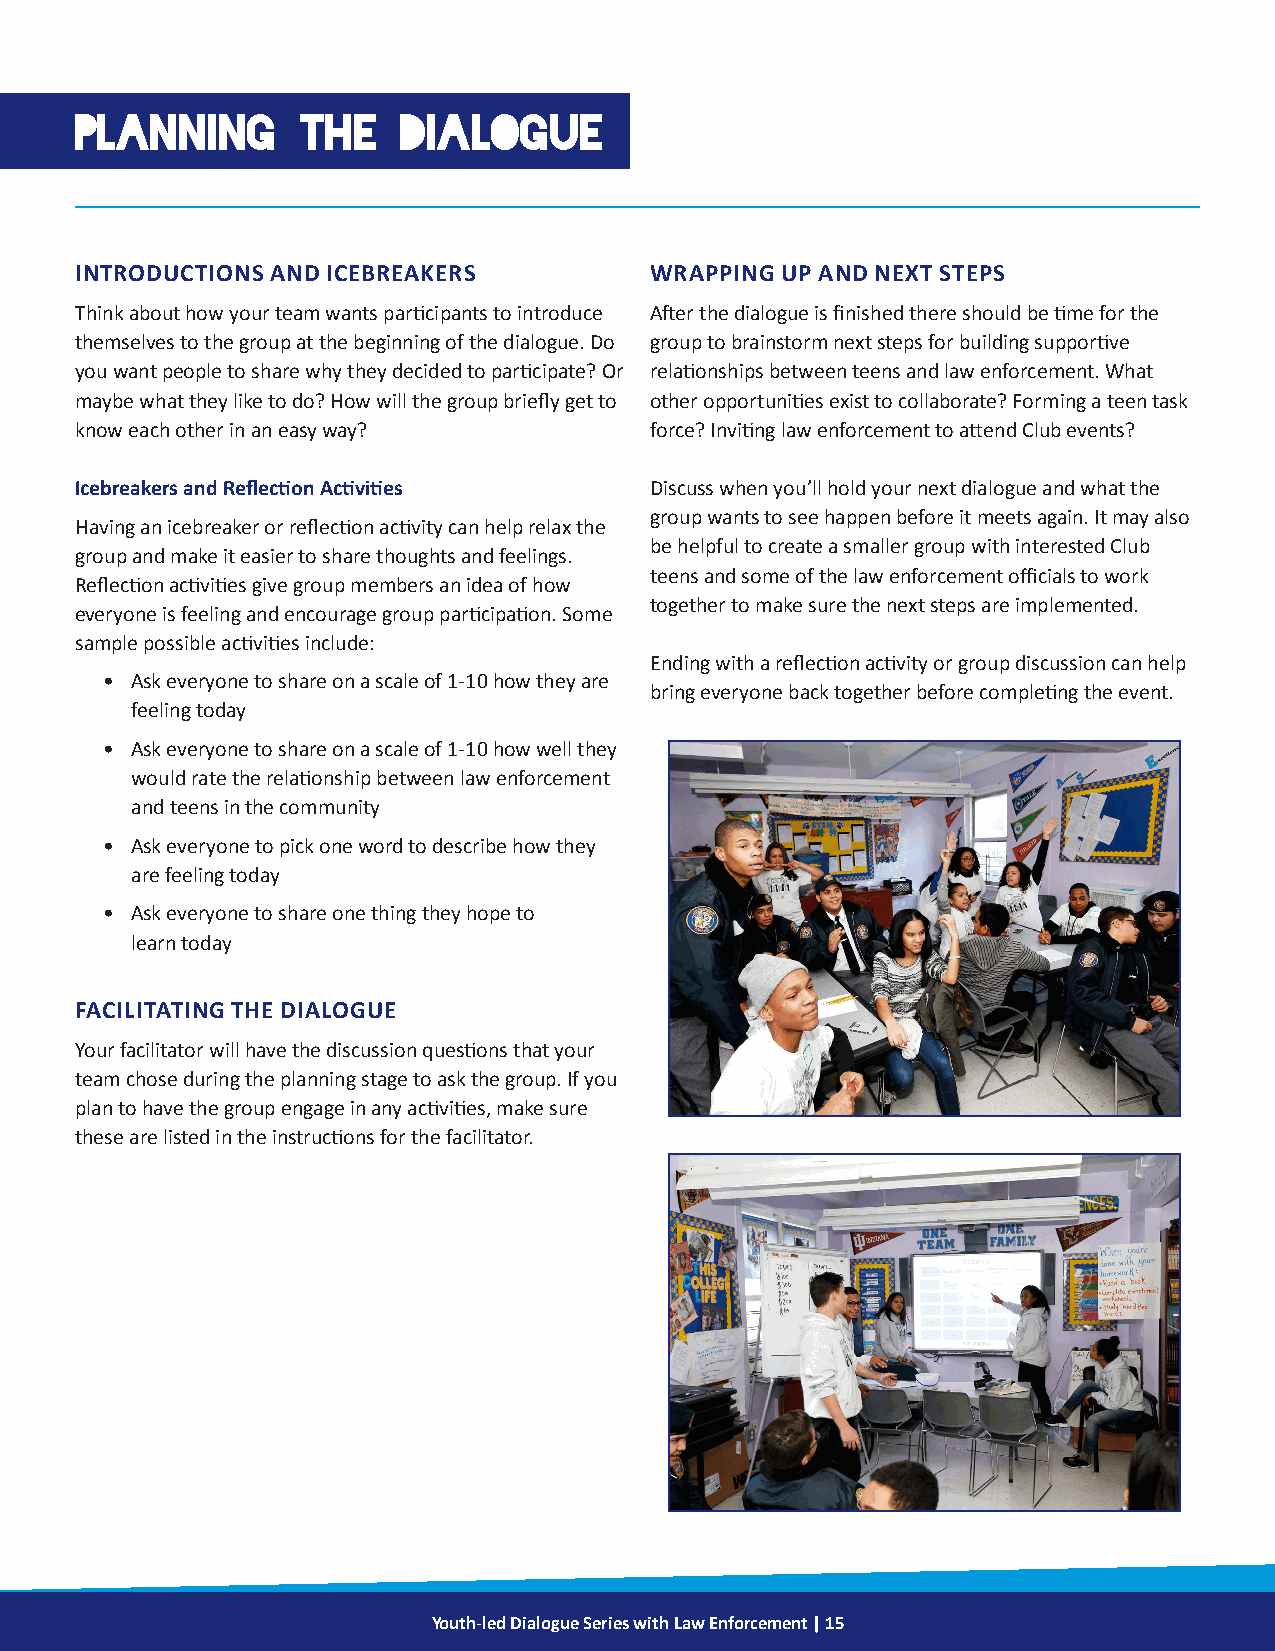
PLANNING       THE    DIALOGUE
 INTRODUCTIONS AND ICEBREAKERS         WRAPPING UP AND NEXT STEPS
 Think about how your team wants participants to introduce After the dialogue is finished there should be time for the
 themselves to the group at the beginning of the dialogue. Do group to brainstorm next steps for building supportive
 you want people to share why they decided to participate? Or relationships between teens and law enforcement. What
 maybe what they like to do? How will the group briefly get to other opportunities exist to collaborate? Forming a teen task
 know each other in an easy way?       force? Inviting law enforcement to attend Club events?
 Icebreakers and Reflection Activities Discuss when you’ll hold your next dialogue and what the
 group wants to see happen before it meets again. It may also
 Having an icebreaker or reflection activity can help relax the
 be helpful to create a smaller group with interested Club
 group and make it easier to share thoughts and feelings.
 teens and some of the law enforcement officials to work
 Reflection activities give group members an idea of how
 together to make sure the next steps are implemented.
 everyone is feeling and encourage group participation. Some
 sample possible activities include:
 Ending with a reflection activity or group discussion can help
 • Ask everyone to share on a scale of 1-10 how they are
 bring everyone back together before completing the event.
 feeling today
 • Ask everyone to share on a scale of 1-10 how well they
 would rate the relationship between law enforcement
 and teens in the community
 • Ask everyone to pick one word to describe how they
 are feeling today
 • Ask everyone to share one thing they hope to
 learn today
 FACILITATING THE DIALOGUE
 Your facilitator will have the discussion questions that your
 team chose during the planning stage to ask the group. If you
 plan to have the group engage in any activities, make sure
 these are listed in the instructions for the facilitator.
 Youth-led Dialogue Series with Law Enforcement | 15